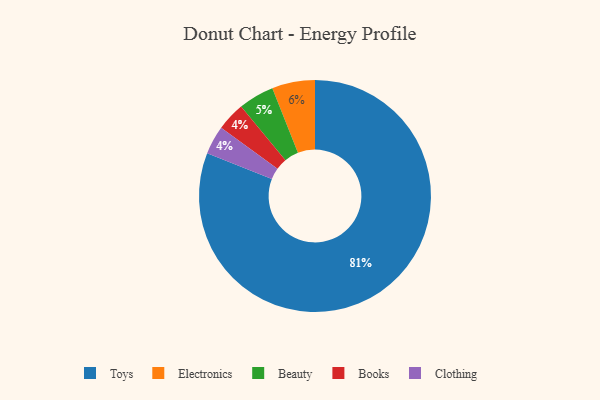
{"axis": {"x": "Category", "y": "Percentage"}, "legend": ["Beauty", "Books", "Clothing", "Electronics", "Toys"], "data": [{"x": "Toys", "y": 81, "type": "Toys"}, {"x": "Beauty", "y": 5, "type": "Beauty"}, {"x": "Books", "y": 4, "type": "Books"}, {"x": "Clothing", "y": 4, "type": "Clothing"}, {"x": "Electronics", "y": 6, "type": "Electronics"}]}